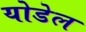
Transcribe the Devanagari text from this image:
योडेल